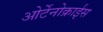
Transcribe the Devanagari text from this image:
ओर्टेनोक्राईस